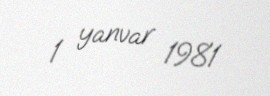
1 yanvar 1981